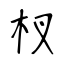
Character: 杈